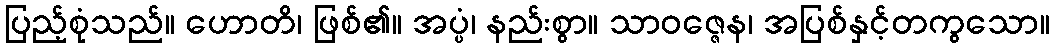
ပြည့်စုံသည်။ ဟောတိ၊ ဖြစ်၏။ အပ္ပံ၊ နည်းစွာ။ သာဝဇ္ဇေန၊ အပြစ်နှင့်တကွသော။